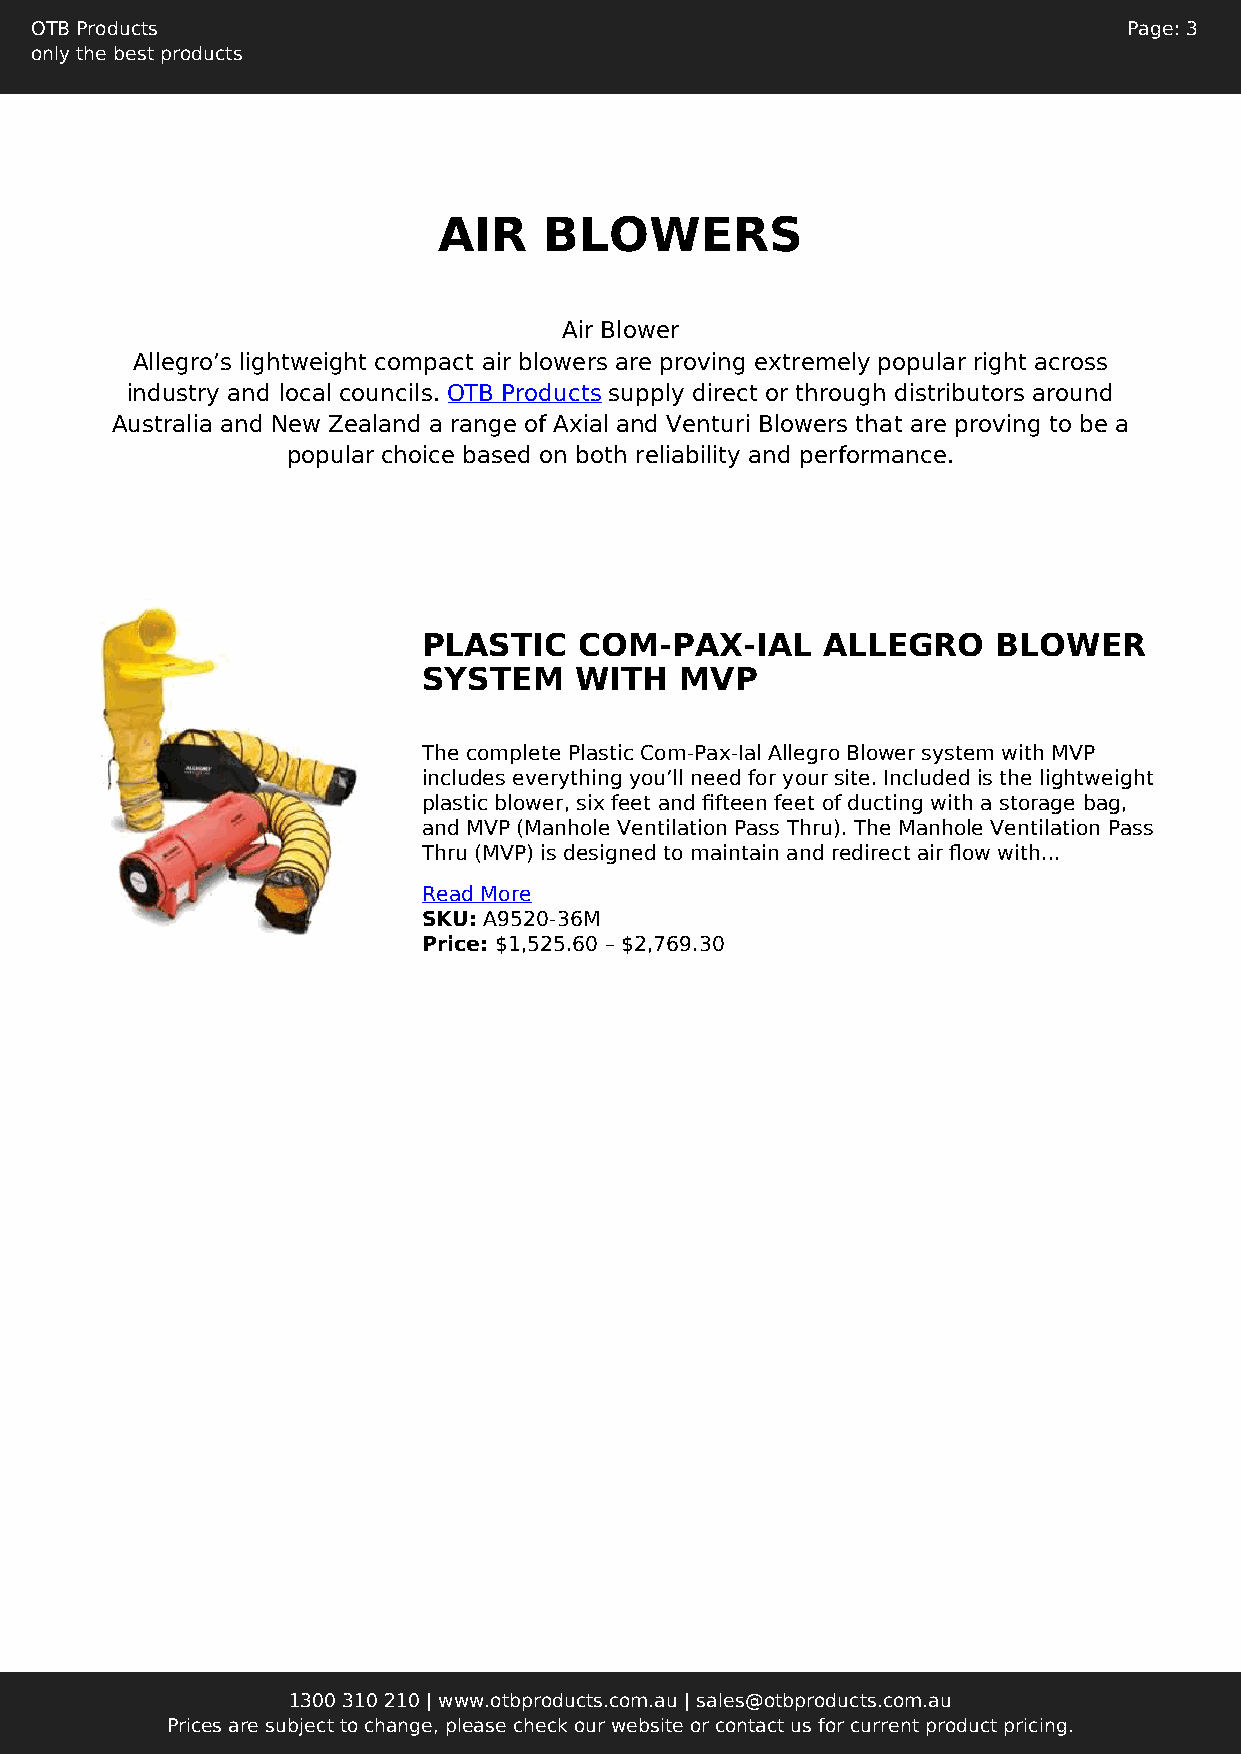
OTB Products                                                             Page: 3
 only the best products
 AIR    BLOWERS
 Air Blower
 Allegro’s lightweight compact air blowers are proving extremely popular right across
 industry and local councils. OTB Products supply direct or through distributors around
 Australia and New Zealand a range of Axial and Venturi Blowers that are proving to be a
 popular choice based on both reliability and performance.
 PLASTIC   COM-PAX-IAL     ALLEGRO     BLOWER
 SYSTEM    WITH   MVP
 The complete Plastic Com-Pax-Ial Allegro Blower system with MVP
 includes everything you’ll need for your site. Included is the lightweight
 plastic blower, six feet and fifteen feet of ducting with a storage bag,
 and MVP (Manhole Ventilation Pass Thru). The Manhole Ventilation Pass
 Thru (MVP) is designed to maintain and redirect air flow with...
 Read More
 SKU: A9520-36M
 Price: $1,525.60 – $2,769.30
 1300 310 210 | www.otbproducts.com.au | sales@otbproducts.com.au
 Prices are subject to change, please check our website or contact us for current product pricing.